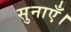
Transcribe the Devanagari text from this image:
सुनाएँ।